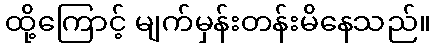
ထို့ကြောင့် မျက်မှန်းတန်းမိနေသည်။